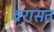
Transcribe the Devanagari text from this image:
वरासत